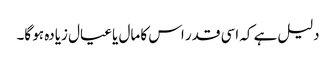
دلیل ہے کہ اسی قدر اس کا مال یا عیال زیادہ ہو گا۔